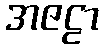
အဇဠာ